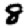
Digit: 8